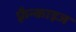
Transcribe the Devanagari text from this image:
फ़्रैन्काइज